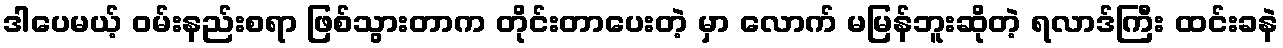
ဒါပေမယ့် ဝမ်းနည်းစရာ ဖြစ်သွားတာက တိုင်းတာပေးတဲ့ မှာ လောက် မမြန်ဘူးဆိုတဲ့ ရလာဒ်ကြီး ထင်းခနဲ